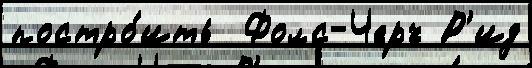
постро́ить  Фолс-Черч Р'ид